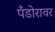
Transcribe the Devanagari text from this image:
पँडोरावर